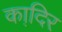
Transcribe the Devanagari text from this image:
का़दिर